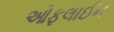
ઓફલાઈન